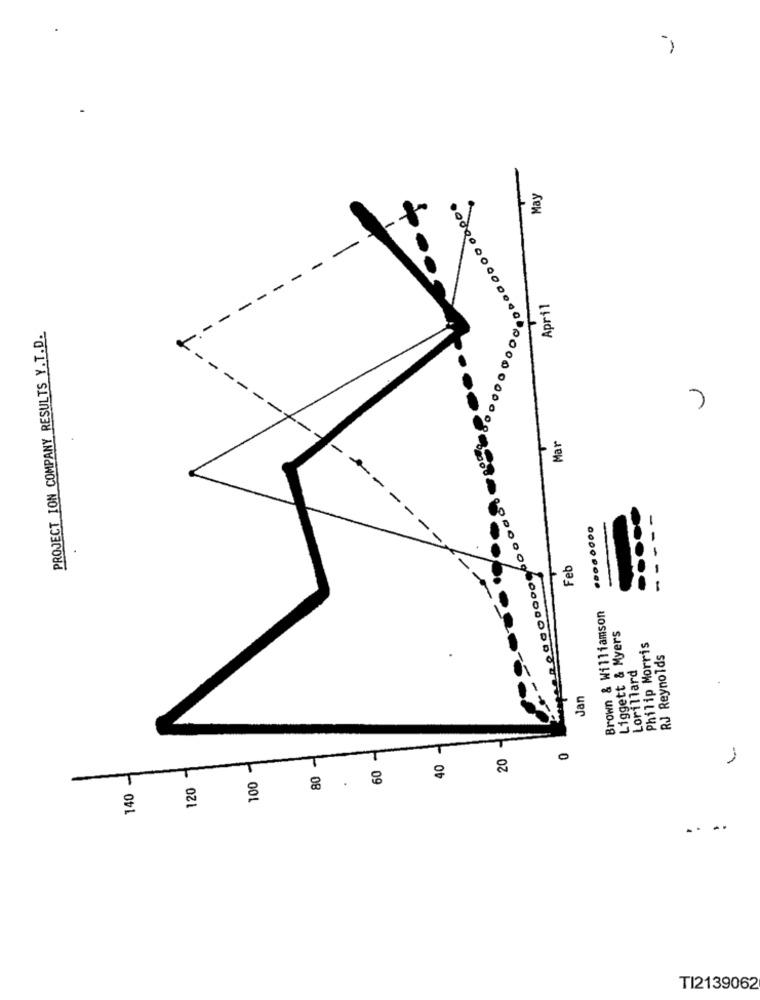
May
000 0,000
April
PROJECT ION COMPANY RESULTS Y.T.D.
Mar
.... ....
Feb
Brown & Williamson
Liggett & Myers
Philip Morris
RJ Reynolds
Lorillard
Jan
100 1
20
140 -
T
60
40
0
80
120
8 . 80
TI2139062